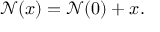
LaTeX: { \mathcal { N } } ( x ) = { \mathcal { N } } ( 0 ) + x .